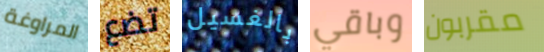
المراوغة تضع بالغسيل وباقي مقربون